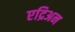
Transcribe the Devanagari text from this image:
एद्रिअन